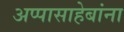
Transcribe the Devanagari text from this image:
अप्पासाहेबांना